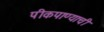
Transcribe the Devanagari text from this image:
पीकपाण्याची